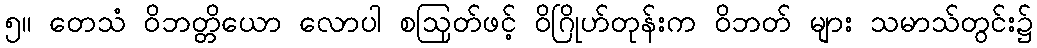
၅။ တေသံ ဝိဘတ္တိယော လောပါ စဩုတ်ဖင့် ဝိဂြိုဟ်တုန်းက ဝိဘတ် များ သမာသ်တွင်း၌